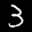
Label: 3